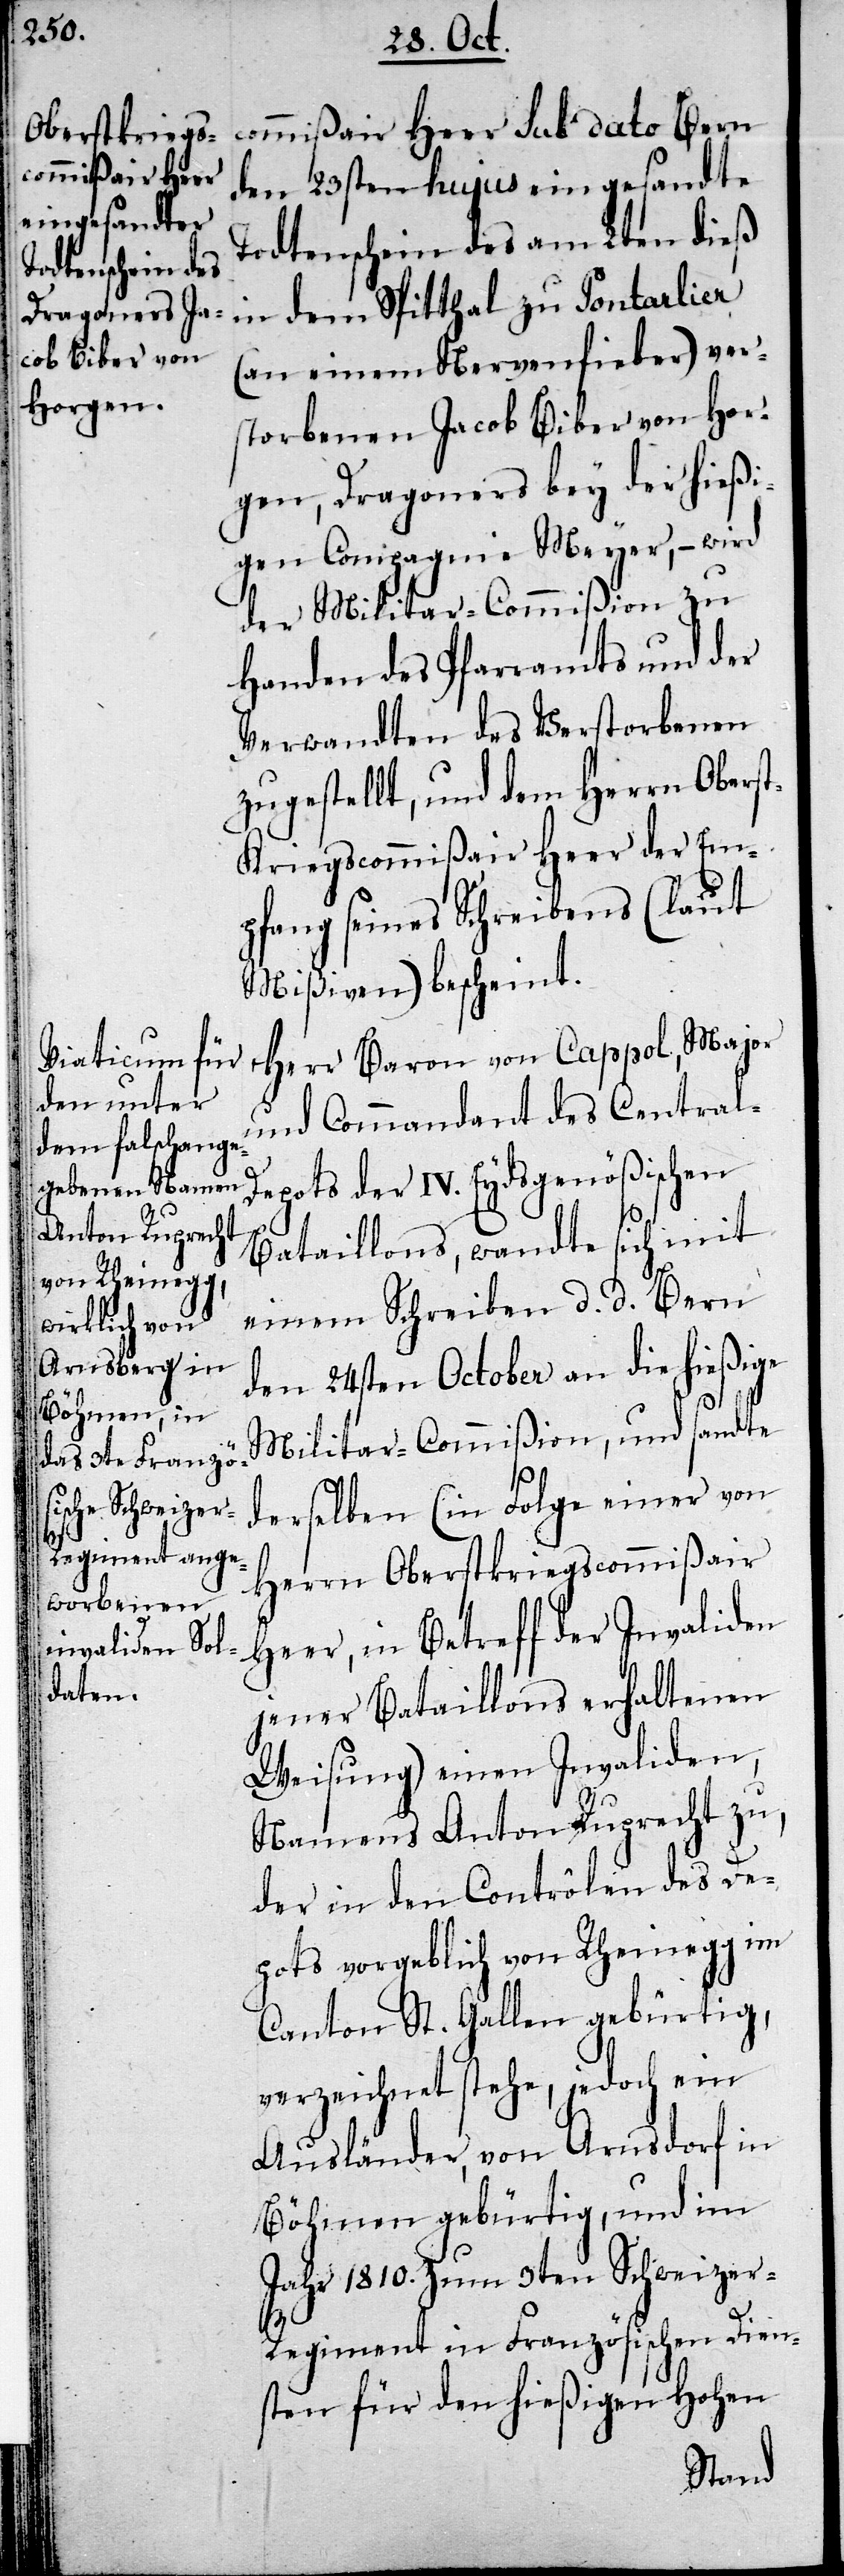
Commißair Heer sub dato Bern
den 23sten hujus eingesandte
Todtenschein des am 2ten dieß
in dem Spitthal zu Pontarlier
(an einem Nervenfieber) ver¬
storbenen Jacob Biber von Hor¬
gen, Dragoners bey der hießi¬
gen Compagnie Meyer, – wird
der Militar-Commißion zu
Handen des Pfarramts und der
Verwandten des Verstorbenen
zugestellt, und dem Herrn Obers¬
t-Kriegscommißair Heer der Em¬
pfang seines Schreibens (laut
Mißiven) bescheint.
Herr Baron von Cappol, Major
und Commandant des Central-D¬
epots der IV. Eydsgenösischen
Bataillons, wandte sich mit
einem Schreiben d. d. Bern
den 24sten October an die hießige
Militar-Commißion, und sandte
derselben (in Folge einer von
Herrn Oberstkriegscommißair
Heer, in Betreff der Invaliden
jener Bataillons erhaltenen
Weisung) einen Invaliden,
Namens Anton Ruprecht zu,
der in den Contrôlen des De¬
pots vorgeblich von Rheinegg im
Canton St. Gallen gebürtig,
verzeichnet stehe, jedoch ein
Ausländer, von Arnsdorf in
Böhmen gebürtig, und im
Jahre 1810. zum 3ten Schweize¬
r-Regiment in Französischen Dien¬
sten für den hießigen Hohen